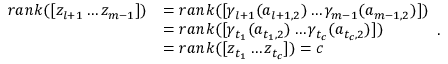
\begin{array} { r l } { r a n k ( [ z _ { l + 1 } \dots z _ { m - 1 } ] ) } & { = r a n k ( [ \gamma _ { l + 1 } ( a _ { l + 1 , 2 } ) \dots \gamma _ { m - 1 } ( a _ { m - 1 , 2 } ) ] ) } \\ & { = r a n k ( [ \gamma _ { t _ { 1 } } ( a _ { t _ { 1 } , 2 } ) \dots \gamma _ { t _ { c } } ( a _ { t _ { c } , 2 } ) ] ) } \\ & { = r a n k ( [ z _ { t _ { 1 } } \dots z _ { t _ { c } } ] ) = c } \end{array} .